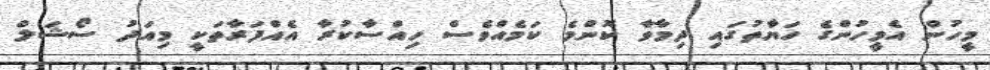
މީހުން އެމީހުންގެ ހަޔާތުގައި ދިމާވާ ކޮންމެ ކަމެއްވެސް ހިއްސާކުރާ އެއްފަރާތަކީ މިއަދު ސޯޝަލް